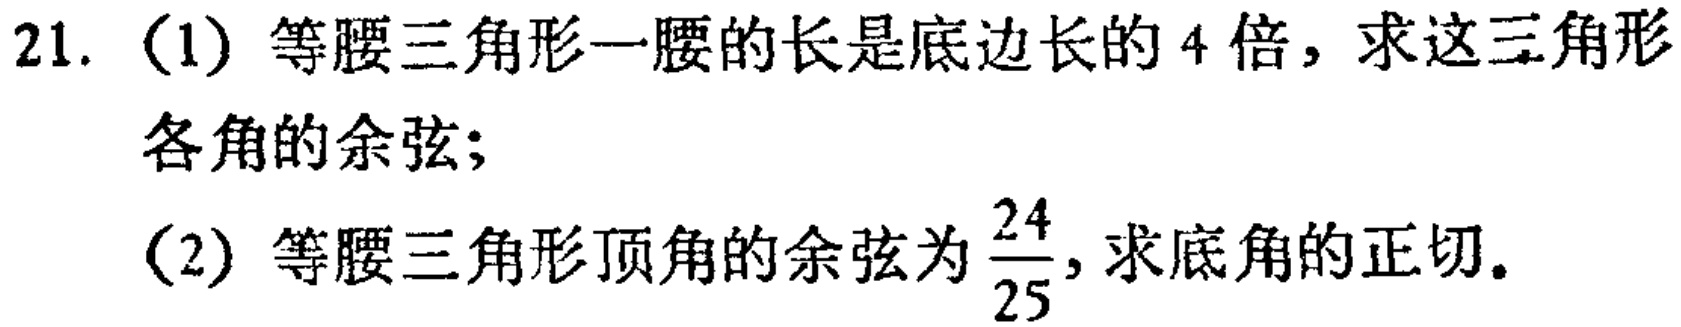
21. (1) 等腰三角形一腰的长是底边长的 4 倍，求这三角形各角的余弦；

(2) 等腰三角形顶角的余弦为$\frac{24}{25}$，求底角的正切。